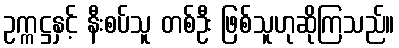
ဥက္ကဋ္ဌနှင့် နီးစပ်သူ တစ်ဦး ဖြစ်သူဟုဆိုကြသည်။